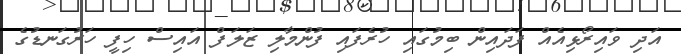
އަދި ވައިރޯޅިއެއް ފަދައިން ބިމުގައި ހުރެފައި ފުންމާލި ޒަލަފް އައިސް ހިފީ ހަރުގަނޑުގެ